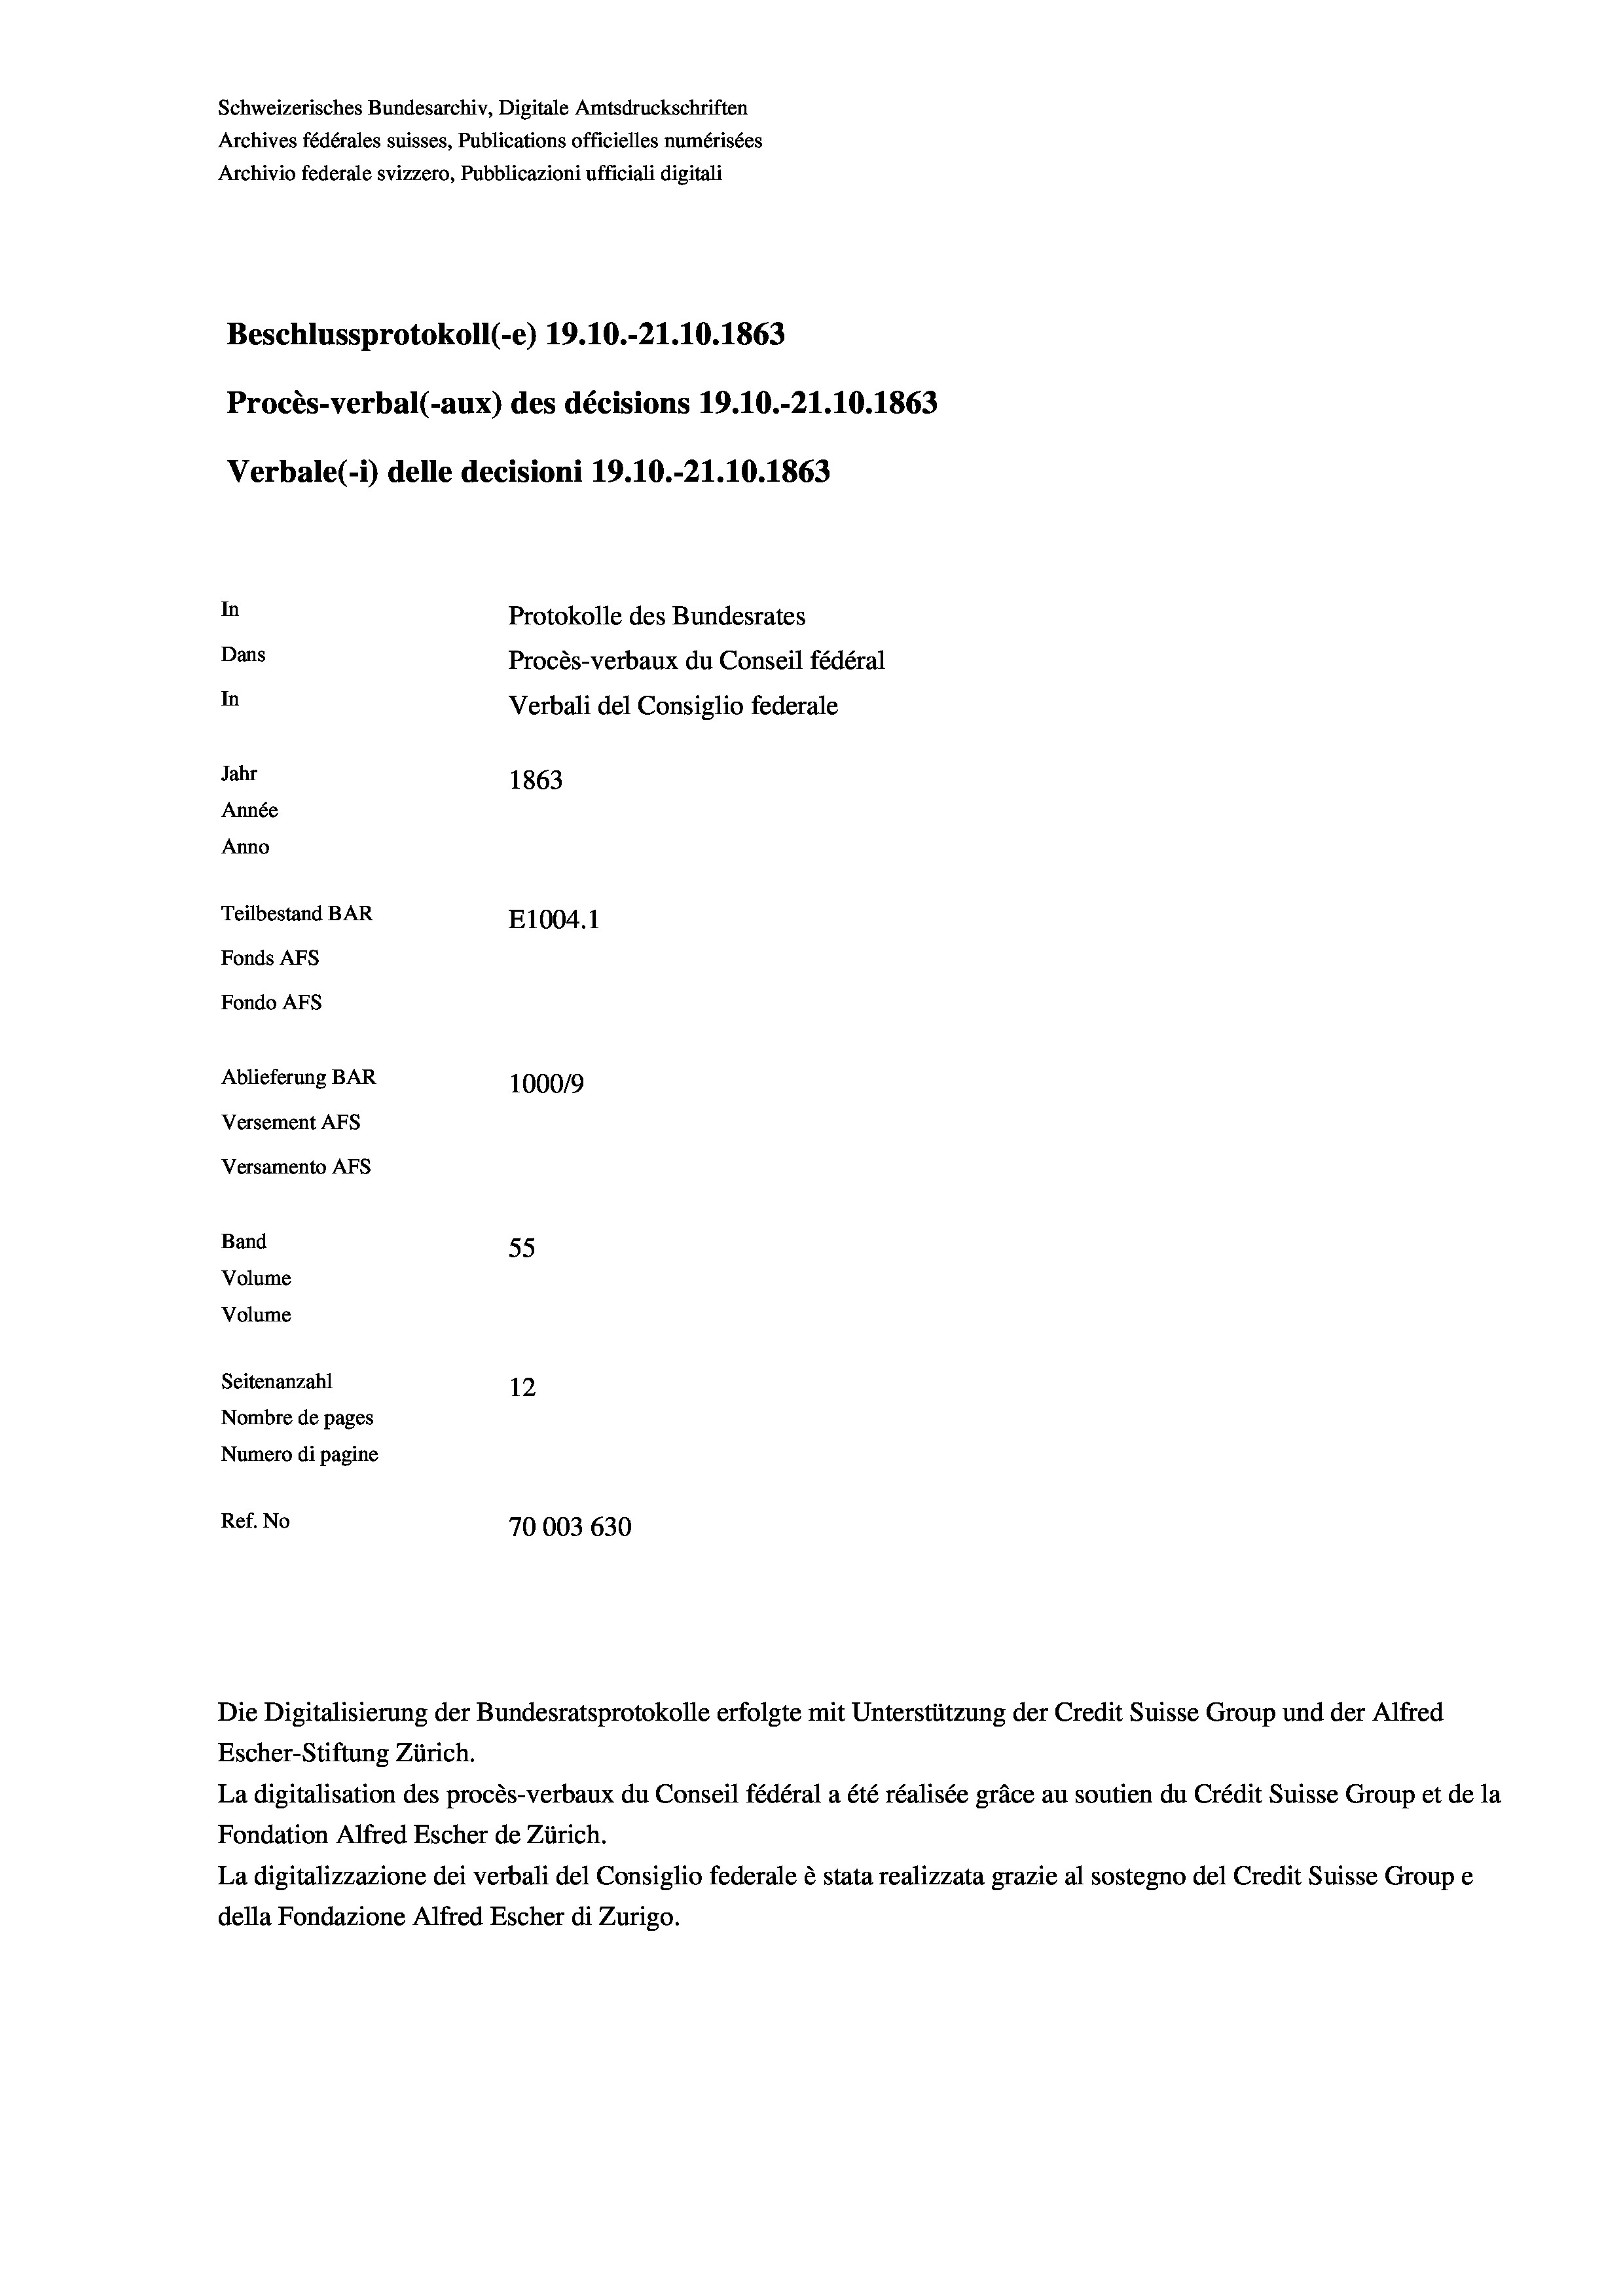
Schweizerisches Bundesarchiv, Digitale Amtsdruckschriften
Archives fédérales suisses, Publications officielles numérisées
Archivio federale svizzero, Pubblicazioni ufficiali digitali
Beschlussprotokoll (-e) 19.10.-21.10. 1863
Procès-verbal (-aux) des décisions 19.10.-21.10.1863
Verbale (- 1) delle decisioni 19.10.-21.10.1863
In
Protokolle des Bundesrates
Dans
Procès-verbaux du Conseil fédéral
In
Verbali del Consiglio federale
Jahr
1863
Année
Anno
Teilbestand BAR
E1004.1
Fonds AFs
Fondo AFs
Ablieferung BAR
100019
Versement As
Versamento AFs
Band
55
Volume
Volume
Seitenanzahl
12
Nombre de pages
Numero di pagine
Ref. No
70003 630

La digitalisation des procès-verbaux du Conseil fédéral a été réalisée gräce au soutien du Crédit Suisse Group et de la
Fondation Alfred Escher de Zürich.
La digitalizzazione dei verbali del Consiglio federale è stata realizzata grazie al sostegno del Credit Suisse Groupe
della Fondazione Alfred Escher di Zurigo.

Die Digitalisierung der Bundesratsprotokolle erfolgte mit Unterstützung der Credit Suisse Group und der Alfred
Escher-Stiftung Zürich.